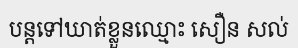
បន្តទៅឃាត់ខ្លួនឈ្មោះ សឿន សល់